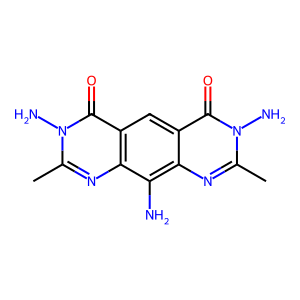
SMILES: Cc1nc2c(N)c3nc(C)n(N)c(=O)c3cc2c(=O)n1N
Inhibits HIV replication: No